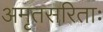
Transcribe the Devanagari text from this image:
अमृतसरिताः